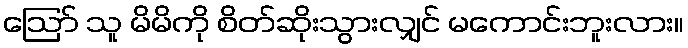
ဪ သူ မိမိကို စိတ်ဆိုးသွားလျှင် မကောင်းဘူးလား။